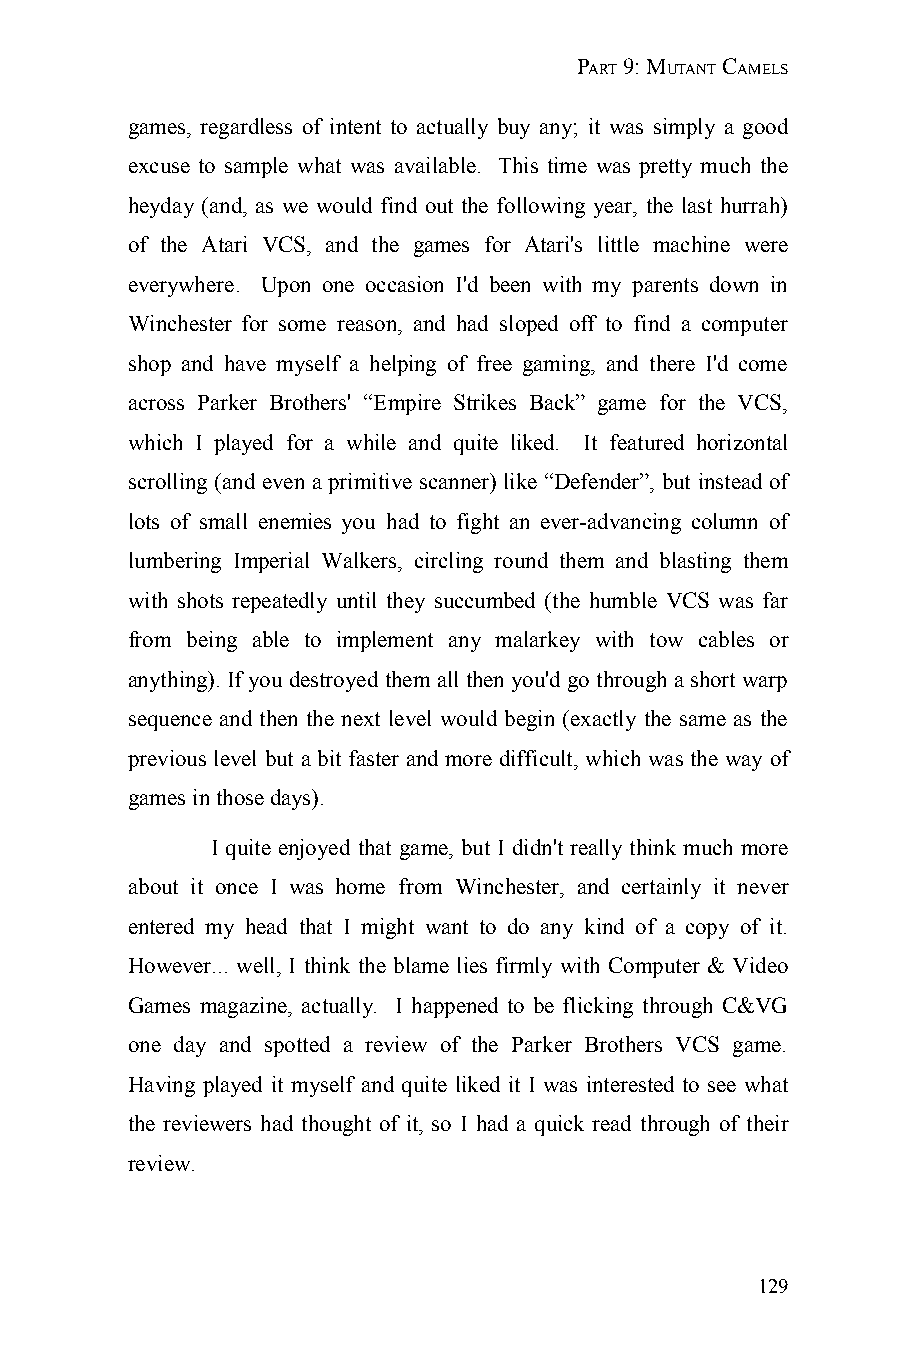
PART 9: MUTANT CAMELS
 games, regardless of intent to actually buy any; it was simply a good
 excuse to sample what was available. This time was pretty much the
 heyday (and, as we would find out the following year, the last hurrah)
 of the Atari VCS, and the games for Atari's little machine were
 everywhere. Upon one occasion I'd been with my parents down in
 Winchester for some reason, and had sloped off to find a computer
 shop and have myself a helping of free gaming, and there I'd come
 across Parker Brothers' “Empire Strikes Back” game for the VCS,
 which I played for a while and quite liked. It featured horizontal
 scrolling (and even a primitive scanner) like “Defender”, but instead of
 lots of small enemies you had to fight an ever-advancing column of
 lumbering Imperial Walkers, circling round them and blasting them
 with shots repeatedly until they succumbed (the humble VCS was far
 from being able to implement any malarkey with tow cables or
 anything). If you destroyed them all then you'd go through a short warp
 sequence and then the next level would begin (exactly the same as the
 previous level but a bit faster and more difficult, which was the way of
 games in those days).
 I quite enjoyed that game, but I didn't really think much more
 about it once I was home from Winchester, and certainly it never
 entered my head that I might want to do any kind of a copy of it.
 However... well, I think the blame lies firmly with Computer & Video
 Games magazine, actually. I happened to be flicking through C&VG
 one day and spotted a review of the Parker Brothers VCS game.
 Having played it myself and quite liked it I was interested to see what
 the reviewers had thought of it, so I had a quick read through of their
 review.
 129